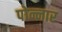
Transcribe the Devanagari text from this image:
पोन्नार